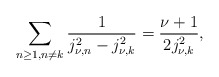
\begin{align*}\sum_{n\geq1,n\neq{k}}\frac{1}{j_{\nu,n}^2-{j_{\nu,k}^2}}=\frac{\nu+1}{2j_{\nu,k}^2},\end{align*}